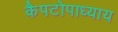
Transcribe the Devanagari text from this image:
कैपटोपाध्याय